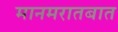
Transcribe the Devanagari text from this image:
मानमरातबात